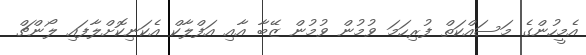
އެމީހުންގެ މަސައްކަތް ފުރިހަމަ ވުމުން ވުމުން ޒޭބާ އާއި އަފްލާކް އެކަނިކޮށްލާފައި ލޯންޗް